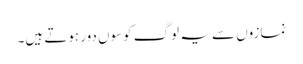
نمازوں سے یہ لوگ کوسوں دور ہوتے ہیں۔